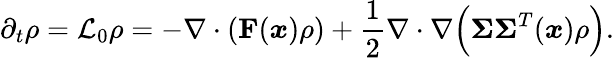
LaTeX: \partial_{t}\rho=\mathcal{L}_{0}\rho=-\nabla\cdot\left(\mathbf{F}(\boldsymbol{x})\rho\right)+\frac{1}{2}\nabla\cdot\nabla\Big(\boldsymbol{\Sigma}\boldsymbol{\Sigma}^{T}(\boldsymbol{x})\rho\Big).